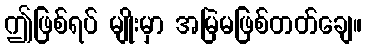
ဤဖြစ်ရပ် မျိုးမှာ အမြဲမဖြစ်တတ်ချေ။